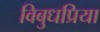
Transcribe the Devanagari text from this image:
विबुधप्रिया